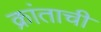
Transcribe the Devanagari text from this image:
क्रांताची